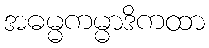
အဓမ္မကမ္မာဒိကထာ